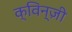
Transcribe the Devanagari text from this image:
क्विन्ज़ी